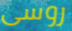
روسى